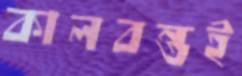
কালবন্তই